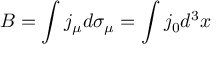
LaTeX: B = \int j _ { \mu } d \sigma _ { \mu } = \int j _ { 0 } d ^ { 3 } x